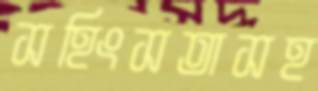
সহিংসতাসহ